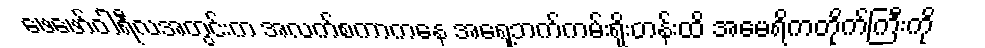
ဖေဖော်ဝါရီလအတွင်းက အလက်စကာကနေ အရှေ့ဘက်ကမ်းရိုးတန်းထိ အမေရိကတိုက်ကြီးကို